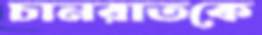
চানরাতকে